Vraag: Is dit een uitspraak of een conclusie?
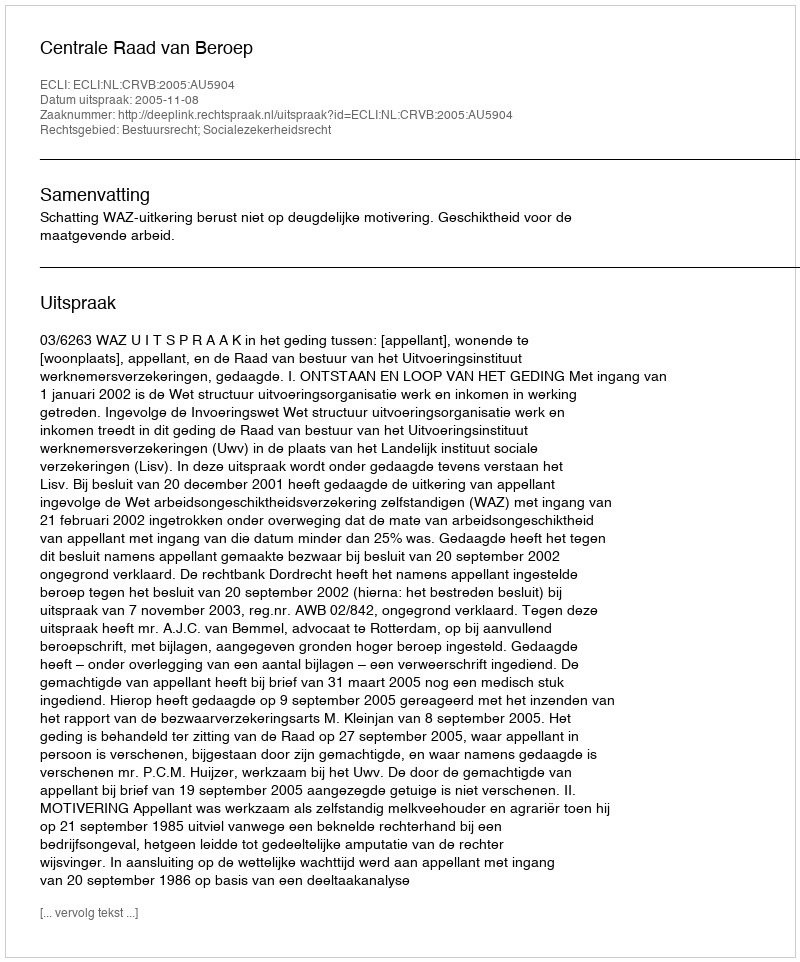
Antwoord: Uitspraak